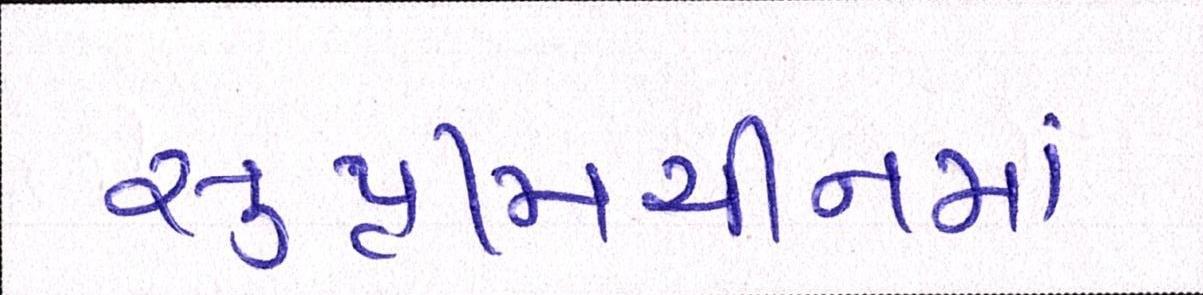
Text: સુપ્રીમચીનમાં